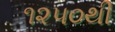
૧૨૫૦થી